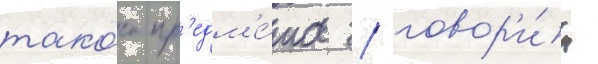
тако́го пр'едм'е́та / говор'и́л